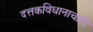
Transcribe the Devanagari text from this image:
दत्तकविधानाचाही